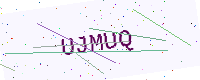
Text: UJMUQ